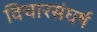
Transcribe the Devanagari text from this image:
विचारसंघर्ष